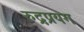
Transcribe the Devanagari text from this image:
रुद्रप्रयग